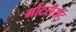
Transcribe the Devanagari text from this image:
मौंटसेर्राट